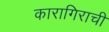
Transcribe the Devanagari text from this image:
कारागिराची